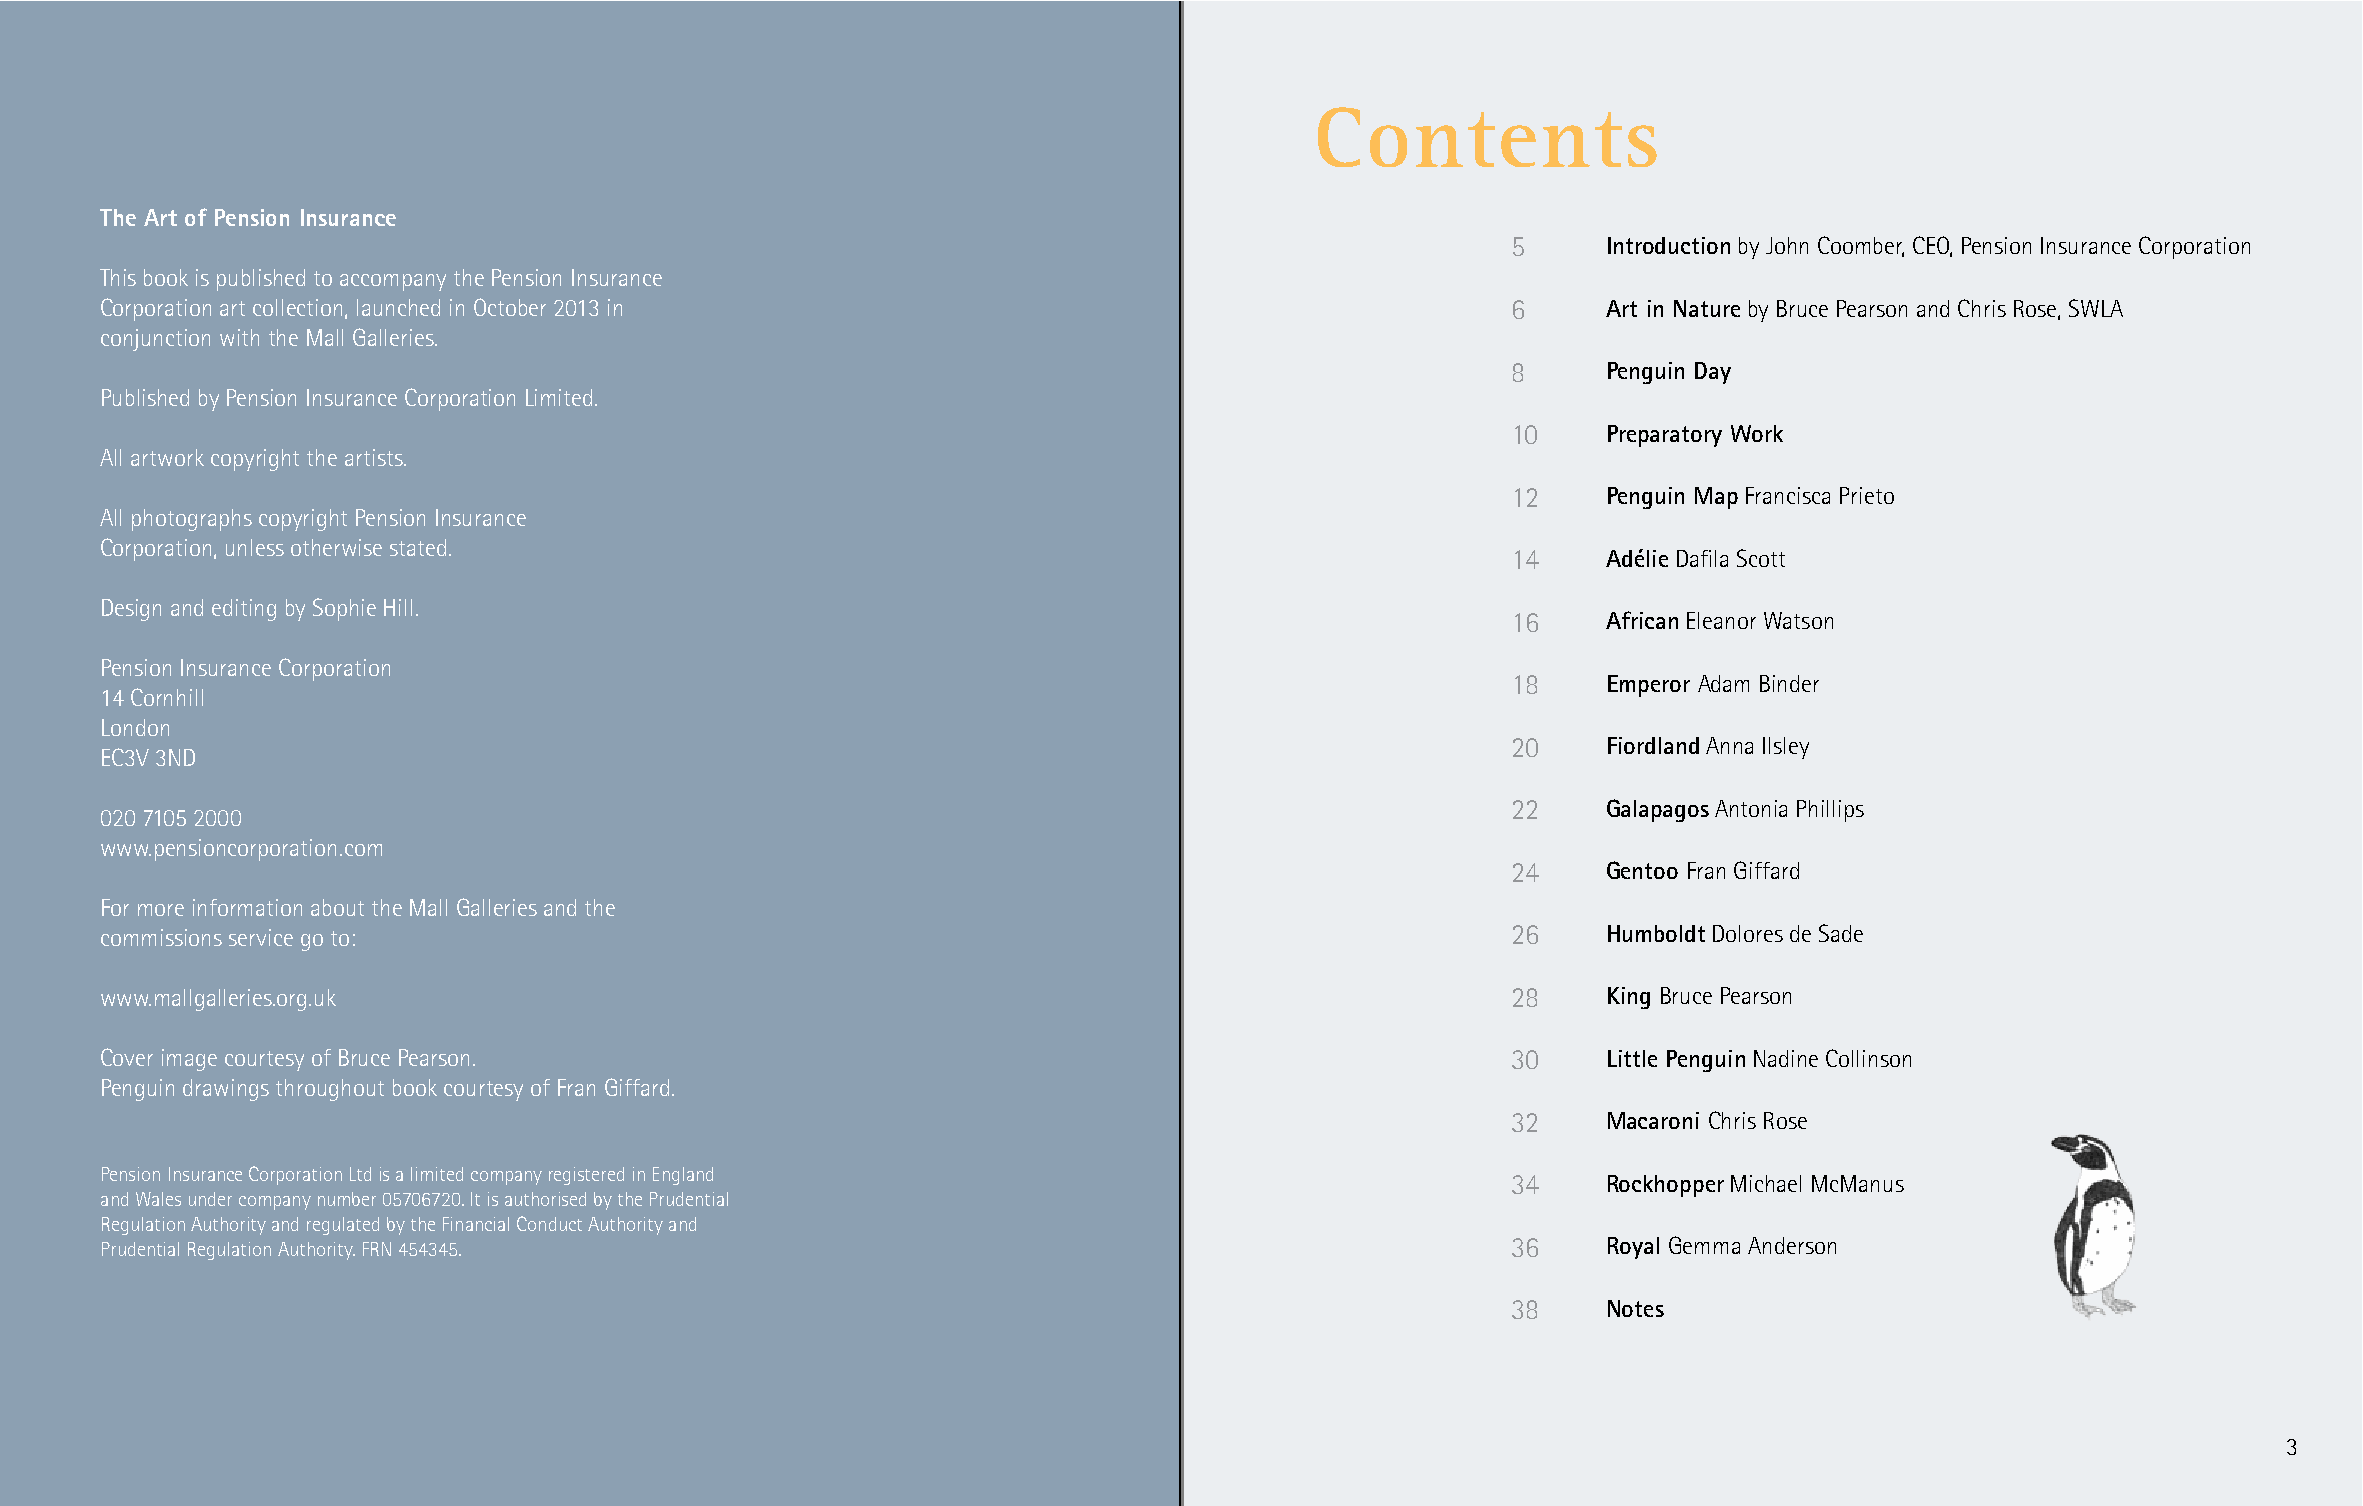
Contents
 The Art of Pension Insurance
 5     Introduction by John Coomber, CEO, Pension Insurance Corporation
 This book is published to accompany the Pension Insurance
 Corporation art collection, launched in October 2013 in                                      6     Art in Nature by Bruce Pearson and Chris Rose, SWLA
 conjunction with the Mall Galleries.
 8     Penguin Day
 Published by Pension Insurance Corporation Limited.
 10    Preparatory Work
 All artwork copyright the artists.
 12    Penguin Map Francisca Prieto
 All photographs copyright Pension Insurance
 Corporation, unless otherwise stated.
 14    Adélie Dafila Scott
 Design and editing by Sophie Hill.
 16    African Eleanor Watson
 Pension Insurance Corporation
 18    Emperor Adam Binder
 14 Cornhill
 London
 20    Fiordland Anna Ilsley
 EC3V 3ND
 22    Galapagos Antonia Phillips
 020 7105 2000
 www.pensioncorporation.com
 24    Gentoo Fran Giffard
 For more information about the Mall Galleries and the
 commissions service go to:                                                                   26    Humboldt Dolores de Sade
 www.mallgalleries.org.uk                                                                     28    King Bruce Pearson
 Cover image courtesy of Bruce Pearson.                                                       30    Little Penguin Nadine Collinson
 Penguin drawings throughout book courtesy of Fran Giffard.
 32    Macaroni Chris Rose
 Pension Insurance Corporation Ltd is a limited company registered in England
 34    Rockhopper Michael McManus
 and Wales under company number 05706720. It is authorised by the Prudential
 Regulation Authority and regulated by the Financial Conduct Authority and
 Prudential Regulation Authority. FRN 454345.                                                 36    Royal Gemma Anderson
 38    Notes
 3